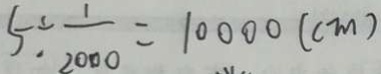
5 \div \frac { 1 } { 2 0 0 0 } = 1 0 0 0 0 ( c m )